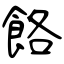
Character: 餎